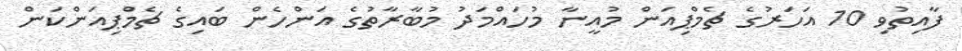
ފާއިތުވި 10 އަހަރުގެ ޗެމްޕިއަން މުއީނާ މުހައްމަދު މުބާރާތުގެ އަންހެން ބައިގެ ޗެމްޕިއަންކަން